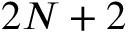
2 N + 2